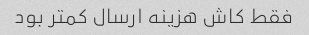
فقط کاش هزینه ارسال کمتر بود